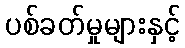
ပစ်ခတ်မှုများနှင့်